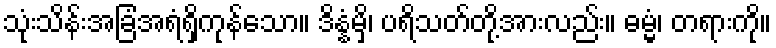
သုံးသိန်းအခြံအရံရှိကုန်သော။ ဒိန္နံမှိ၊ ပရိသတ်တို့အားလည်း။ ဓမ္မံ၊ တရားကို။